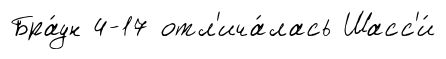
Бра́ун 4-17 отл'ича́лась Шасс'и́